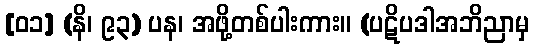
[၀၁] (နိ၊ ၉၃) ပန၊ အဖို့တစ်ပါးကား။ (ပဋိပဒါအဘိညာမှ